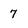
Character: 7